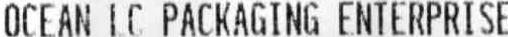
OCEAN LC PACKAGING ENTERPRISE